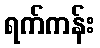
ရက်ကန်း